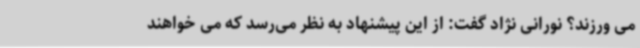
می ورزند؟ نورانی نژاد گفت: از این پیشنهاد به نظر می‌رسد که می خواهند